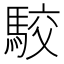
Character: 駮